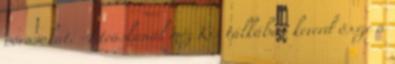
pórusokat. -1 teáskanál méz Kis tálkában keverd össze a